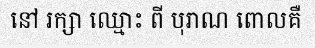
នៅ រក្សា ឈ្មោះ ពី បុរាណ ពោលគឺ